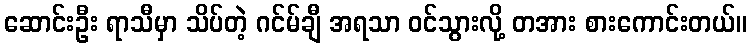
ဆောင်းဦး ရာသီမှာ သိပ်တဲ့ ဂင်မ်ချီ အရသာ ဝင်သွားလို့ တအား စားကောင်းတယ်။